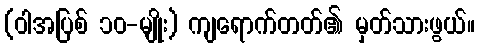
(ဝါအပြစ် ၁၀-မျိုး) ကျရောက်တတ်၏ မှတ်သားဖွယ်။